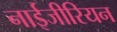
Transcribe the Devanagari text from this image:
नाईजीरियन